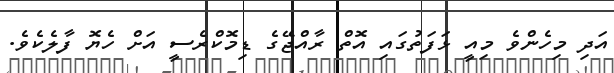
އަދި މިހެންވެ މިއީ ޅަފަތުގައި އޮތް ރާއްޖޭގެ ޑިމޮކްރެސީ އަށް ހެޔޮ ފާލެކެވެ.